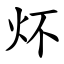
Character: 炋